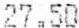
27.50